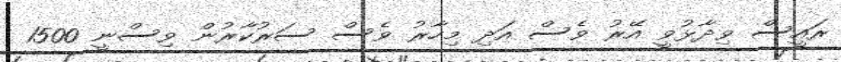
ރައީސް ވިދާޅުވީ އޭރު ވެސް އަދި މިހާރު ވެސް ސަރުކާރުން ވިސްނީ 1500